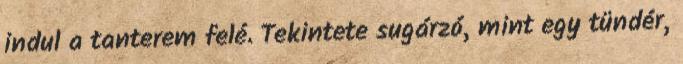
indul a tanterem felé. Tekintete sugárzó, mint egy tündér,